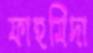
ফাহমিদা